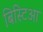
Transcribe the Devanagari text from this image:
बिस्टिआ